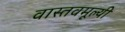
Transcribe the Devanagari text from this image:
वास्तवमूल्यी